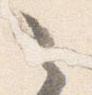
之